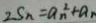
2 S _ { n } = a _ { n } ^ { 2 } + a _ { n }